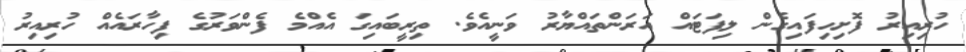
ހުރިއިރު ފޮށިހިފައިގެން ލިފަޓައް އަރަންތައްޔާރު ވަނީއެވެ. ތިރީބައިގަ އެއްމެ ފެންވަރުގެ ފިހާރައެއް ހުރިއިރު